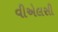
વીએલસી